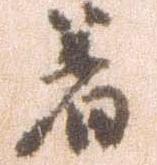
着